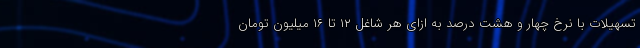
تسهیلات با نرخ چهار و هشت درصد به ازای هر شاغل ۱۲ تا ۱۶ میلیون تومان